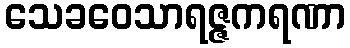
သေခဝေသာရဇ္ဇကရဏာ